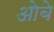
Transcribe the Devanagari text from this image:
ओबे